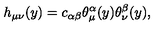
h _ { \mu \nu } ( y ) = c _ { \alpha \beta } \theta _ { \mu } ^ { \alpha } ( y ) \theta _ { \nu } ^ { \beta } ( y ) ,